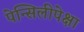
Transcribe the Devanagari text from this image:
पेन्सिलीपेक्षा